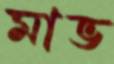
মাভ